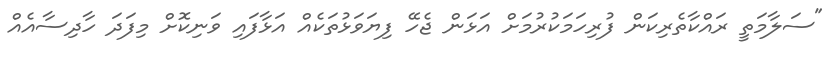
"ސަލާމަތީ ރައްކާތެރިކަން ފުރިހަމަކުރުމަށް އަޅަން ޖެހޭ ފިޔަވަޅުތަކެއް އަޅާފައި ވަނިކޮށް މިފަދަ ހާދިސާއެއް